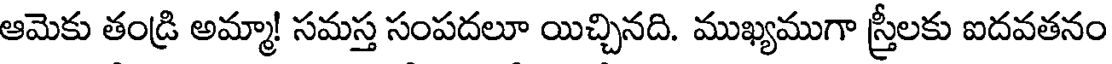
ఆమెకు తండ్రి అమ్మా! సమస్త సంపదలూ యిచ్చినది. ముఖ్యముగా స్త్రీలకు ఐదవతనం